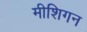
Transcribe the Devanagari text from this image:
मीशिगन